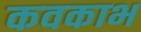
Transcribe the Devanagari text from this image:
कवकाभ